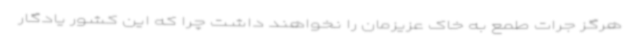
هرگز جرات طمع به خاک عزیزمان را نخواهند داشت چرا که این کشور یادگار